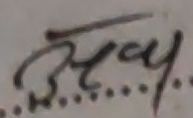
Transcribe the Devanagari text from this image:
हाय